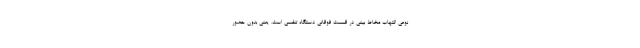
نوعی التهاب مخاط بینی در قسمت فوقانی دستگاه تنفسی است. یعنی بدون حضور